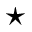
\star